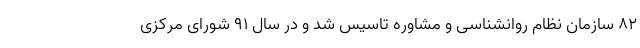
٨٢ سازمان نظام روانشناسی و مشاوره تاسیس شد و در سال ٩١ شورای مرکزی